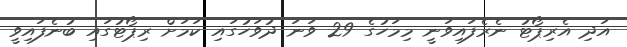
އަދި އެރިޕޯޓު ނެރެފައިވަނީ މިމަހުގެ 29 ވަނަ ދުވަހުގައި ކަމަށް ރިޕޯޓުގައި ބުނެފައިވީ